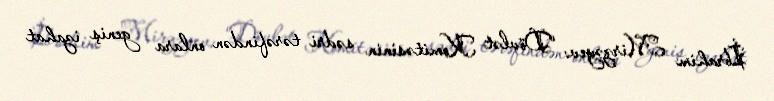
İbrahim Mirzəyev: “Dövlət Komitəsinin sədri tərəfindən onlara geniş izahat